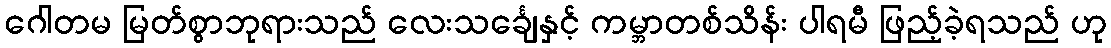
ဂေါတမ မြတ်စွာဘုရားသည် လေးသင်္ချေနှင့် ကမ္ဘာတစ်သိန်း ပါရမီ ဖြည့်ခဲ့ရသည် ဟု